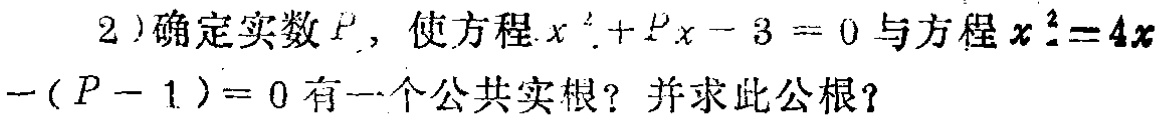
2)确定实数\(P\)，使方程\(x^{2}+Px - 3 = 0\)与方程\(x^{2}-4x-(P - 1)=0\)有一个公共实根？并求此公根？